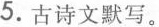
5. 古诗文默写。